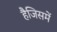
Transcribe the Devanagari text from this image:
हैजिसमें